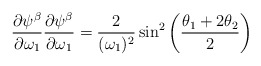
\begin{align*}{\partial \psi ^\beta \over \partial \omega_1}{\partial \psi ^\beta \over \partial \omega_1} = {2 \over (\omega_1)^2} \sin ^2 \left({\theta_1 + 2\theta _2 \over 2} \right)\end{align*}